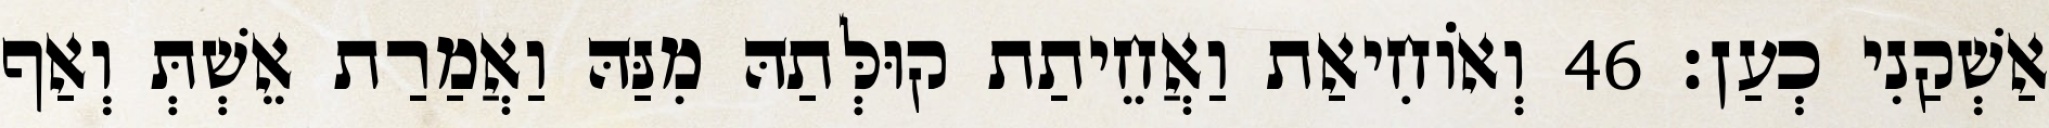
אַשְׁקַנִי כְעַן׃ 46 וְאוֹחִיאַת וַאֲחֵיתַת קוּלְּתַהּ מִנַּהּ וַאֲמַרַת אֵשְׁתְּ וְאַף